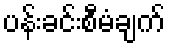
ပန်းခင်းစီမံချက်